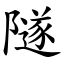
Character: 隧